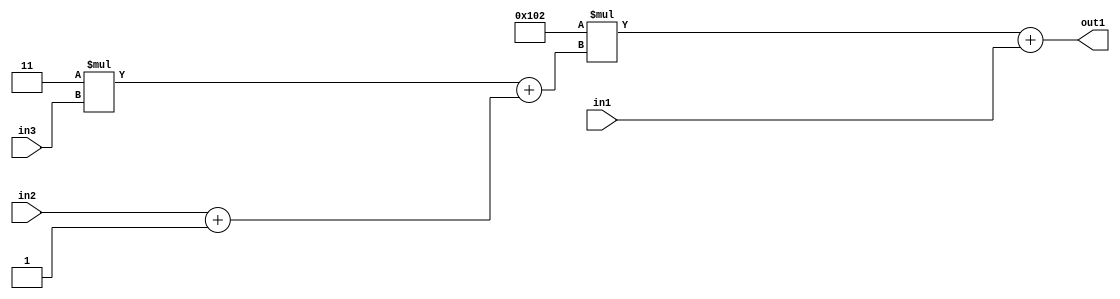
`timescale 1ps / 1ps
/*****************************************************************************
    Verilog RTL Description
    
    
    Created by: Stratus DpOpt 2019.1.01 
*******************************************************************************/

module DC_Filter_Add2u9Mul2i258Add2Add2i1u1Mul2i3u2_1 (
	in3,
	in2,
	in1,
	out1
	); /* architecture "behavioural" */ 
input [1:0] in3;
input  in2;
input [8:0] in1;
output [11:0] out1;
wire [11:0] asc001;
wire [3:0] asc002;
wire [2:0] asc004;

assign asc004 = 
	+(in2)
	+(3'B001);

wire [3:0] asc002_tmp_0;
assign asc002_tmp_0 = 
	+(4'B0011 * in3);
assign asc002 = asc002_tmp_0
	+({asc004[2], asc004});

wire [11:0] asc001_tmp_1;
assign asc001_tmp_1 = 
	+(12'B000100000010 * asc002);
assign asc001 = asc001_tmp_1
	+(in1);

assign out1 = asc001;
endmodule

/* CADENCE  vrXxTwE= : u9/ySgnWtBlWxVPRXgAZ4Og= ** DO NOT EDIT THIS LINE ******/